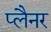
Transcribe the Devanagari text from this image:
प्लैनर